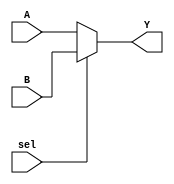
`timescale 1ns / 1ps
//////////////////////////////////////////////////////////////////////////////////
// Company: 
// Engineer: 
// 
// Design Name: 
// Module Name: mux
// Project Name: 
// Target Devices: 
// Tool Versions: 
// Description: 
// 
// Dependencies: 
// 
// Revision:
// Revision 0.01 - File Created
// Additional Comments:
// 
//////////////////////////////////////////////////////////////////////////////////


module mux(
    input A,
    input B, 
    input sel,
    output Y
    );
    assign Y = (sel == 1'b0) ? A : B;  
endmodule